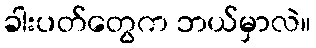
ခါးပတ်တွေက ဘယ်မှာလဲ။